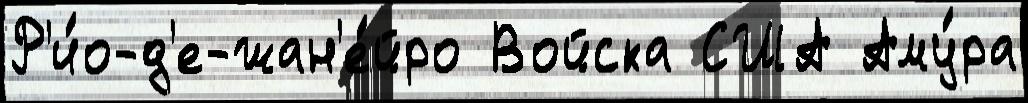
Р'и́о-д'е-жан'е́йро Войска США Аму́ра